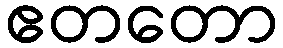
ဧတတော